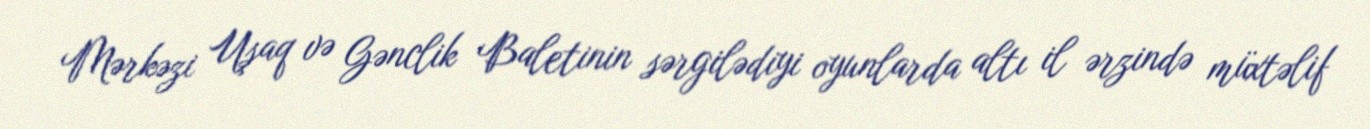
Mərkəzi Uşaq və Gənclik Baletinin sərgilədiyi oyunlarda altı il ərzində müxtəlif